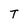
Character: T